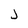
Character: j